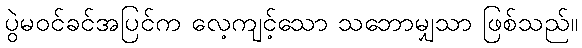
ပွဲမဝင်ခင်အပြင်က လေ့ကျင့်သော သဘောမျှသာ ဖြစ်သည်။